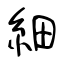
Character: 細